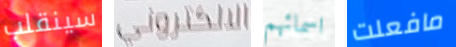
سينقلب الالكتروني اسمائهم مافعلت